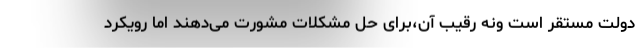
دولت مستقر است ونه رقیب آن،برای حل مشکلات مشورت می‌دهند اما رویکرد